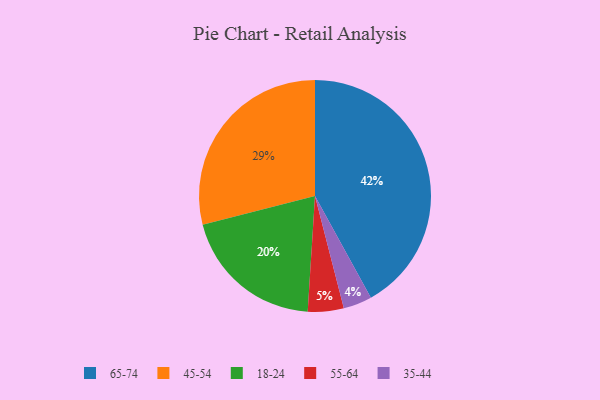
{"axis": {"x": "Category", "y": "Percentage"}, "legend": ["18-24", "35-44", "45-54", "55-64", "65-74"], "data": [{"x": "45-54", "y": 29, "type": "45-54"}, {"x": "18-24", "y": 20, "type": "18-24"}, {"x": "55-64", "y": 5, "type": "55-64"}, {"x": "35-44", "y": 4, "type": "35-44"}, {"x": "65-74", "y": 42, "type": "65-74"}]}